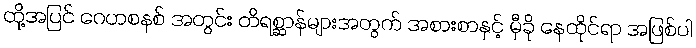
ထို့အပြင် ဂေဟစနစ် အတွင်း တိရစ္ဆာန်များအတွက် အစားစာနှင့် မှီခို နေထိုင်ရာ အဖြစ်ပါ